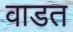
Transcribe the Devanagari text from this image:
वाडत